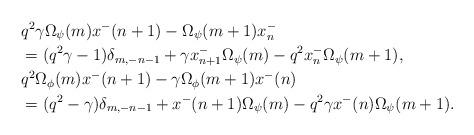
LaTeX: \begin{align*}&q^2\gamma\Omega_\psi(m)x^-(n+1)- \Omega_\psi(m+1)x^-_n \\&=(q^2\gamma-1)\delta_{m,-n-1}+ \gamma x^-_{n+1}\Omega_\psi(m)-q^2x^-_n\Omega_\psi(m+1), \\& q^2\Omega_\phi(m)x^-(n+1)- \gamma\Omega_\phi(m+1)x^-(n) \\&=(q^2- \gamma)\delta_{m,-n-1}+ x^-(n+1)\Omega_\psi(m)-q^2\gamma x^-(n)\Omega_\psi(m+1). \end{align*}